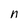
Character: n